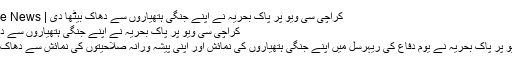
کراچی سی ویو پر پاک بحریہ نے اپنے جنگی ہتھیاروں سے دھاک بیٹھا دی | Pak Online News
کراچی سی ویو پر پاک بحریہ نے اپنے جنگی ہتھیاروں سے دھاک بیٹھا دی
کراچی سی ویو پر پاک بحریہ نے یوم دفاع کی ریہرسل میں اپنے جنگی ہتھیاروں کی نمائش اور اپنی پیشہ ورانہ صلاحیتوں کی نمائش سے دھاک بیٹھا دی ہے۔